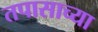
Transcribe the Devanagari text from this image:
तपासाच्या